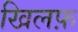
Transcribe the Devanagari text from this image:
खिलफ़